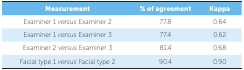
| Measurement | % of agreement | Kappa |
 | --- | --- | --- |
 | Examiner 1versus Examiner 2 | 77.8 | 0.64 |
 | Examiner 1versus Examiner 3 | 77.4 | 0.62 |
 | Examiner 2versus Examiner 3 | 81.4 | 0.68 |
 | Facial type 1versus Facial type 2 | 90.4 | 0.90 |